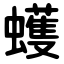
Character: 蠖